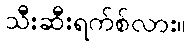
သီးဆီးရက်စ်လား။